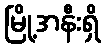
မြို့အနီးရှိ